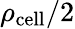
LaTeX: \rho_{\mathrm{cell}}/2